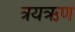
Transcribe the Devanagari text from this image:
त्रयऋण